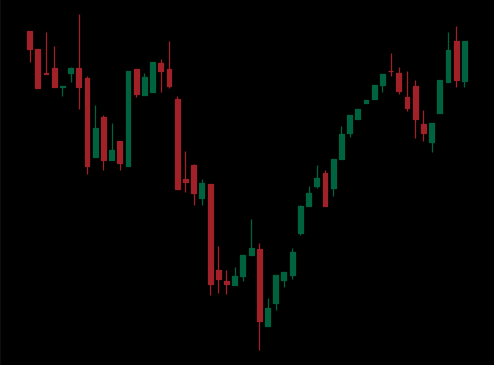
Pattern: inverse_head_shoulders